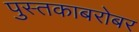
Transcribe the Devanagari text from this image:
पुस्तकाबरोबर